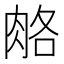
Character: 𦛃